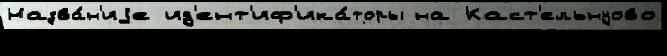
Назва́н'иjе ид'ент'иф'ика́торы на Каст'ельнуово